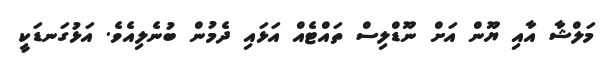
މަލްޝާ އާއި ޔޫން އަށް ނޫޑްލިސް ތައްޓެއް އަޅައި ދެމުން ބުނެލިއެވެ. އަޅުގަނޑަކީ